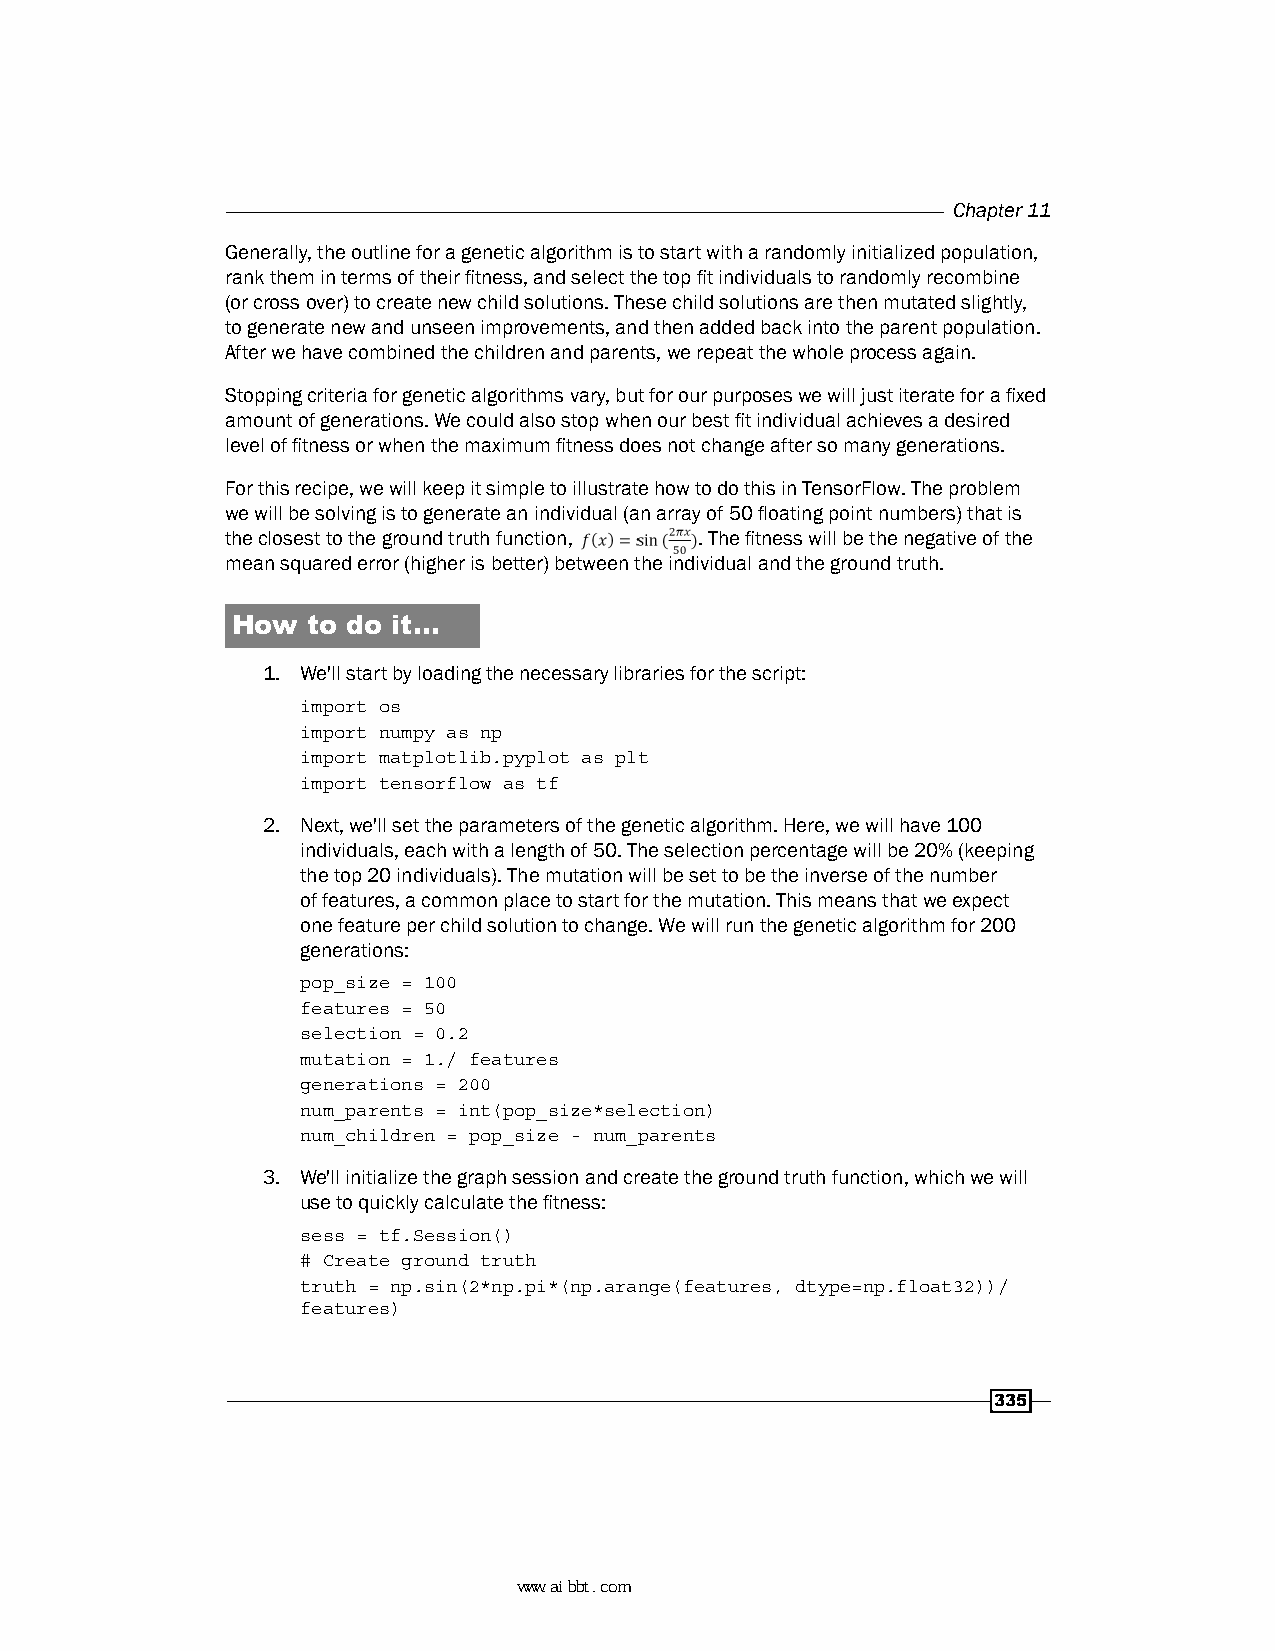
Chapter 11
 Generally, the outline for a genetic algorithm is to start with a randomly initialized population,
 rank them in terms of their fitness, and select the top fit individuals to randomly recombine
 (or cross over) to create new child solutions. These child solutions are then mutated slightly,
 to generate new and unseen improvements, and then added back into the parent population.
 After we have combined the children and parents, we repeat the whole process again.
 Stopping criteria for genetic algorithms vary, but for our purposes we will just iterate for a fixed
 amount of generations. We could also stop when our best fit individual achieves a desired
 level of fitness or when the maximum fitness does not change after so many generations.
 For this recipe, we will keep it simple to illustrate how to do this in TensorFlow. The problem
 we will be solving is to generate an individual (an array of 50 floating point numbers) that is
 the closest to the ground truth function, . The fitness will be the negative of the
 mean squared error (higher is better) between the individual and the ground truth.
 How  to do it…
 1. We'll start by loading the necessary libraries for the script:
 import os
 import numpy as np
 import matplotlib.pyplot as plt
 import tensorflow as tf
 2. Next, we'll set the parameters of the genetic algorithm. Here, we will have 100
 individuals, each with a length of 50. The selection percentage will be 20% (keeping
 the top 20 individuals). The mutation will be set to be the inverse of the number
 of features, a common place to start for the mutation. This means that we expect
 one feature per child solution to change. We will run the genetic algorithm for 200
 generations:
 pop_size = 100
 features = 50
 selection = 0.2
 mutation = 1./ features
 generations = 200
 num_parents = int(pop_size*selection)
 num_children = pop_size - num_parents
 3. We'll initialize the graph session and create the ground truth function, which we will
 use to quickly calculate the fitness:
 sess = tf.Session()
 # Create ground truth
 truth = np.sin(2*np.pi*(np.arange(features, dtype=np.float32))/
 features)
 335
 www.aibbt.com 让未来触手可及